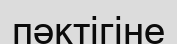
пәктігіне